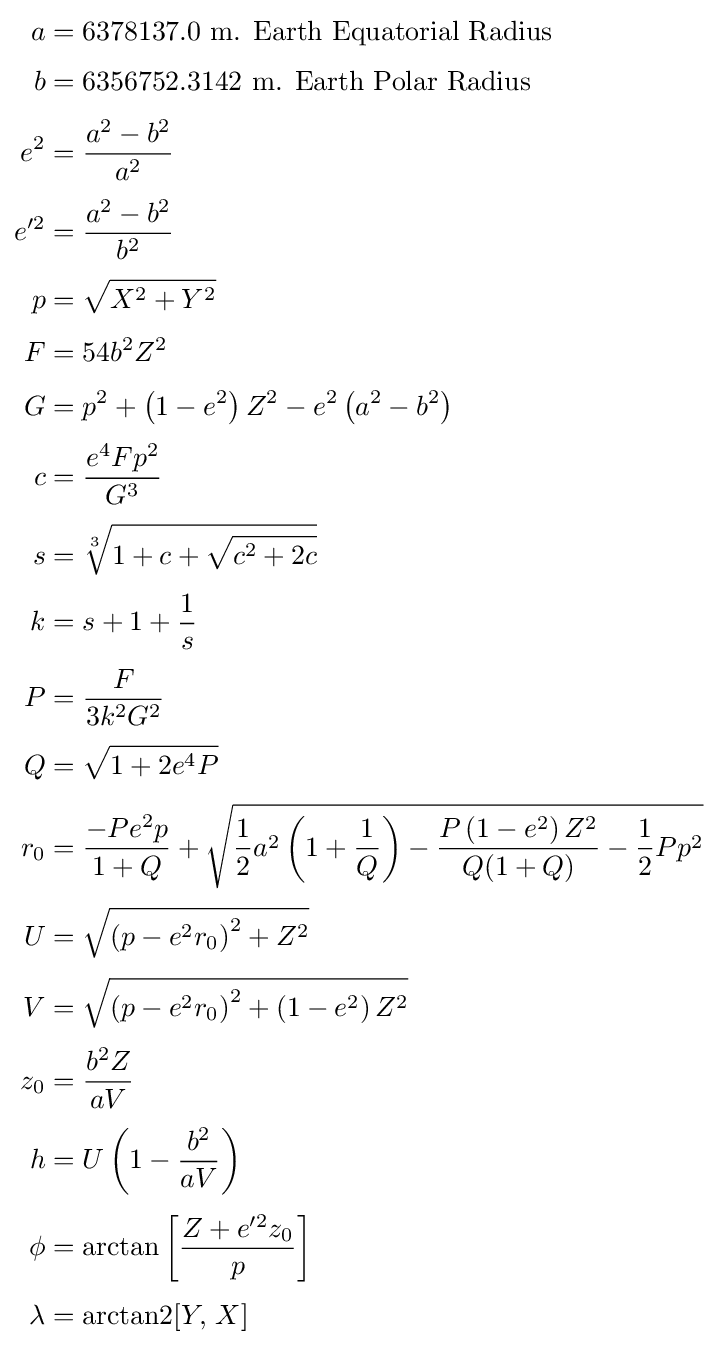
{\begin{aligned}a&=6378137.0{\text{     m. Earth Equatorial Radius}}\\[3pt]b&=6356752.3142{\text{      m. Earth Polar Radius}}\\[3pt]e^{2}&={\frac {a^{2}-b^{2}}{a^{2}}}\\[3pt]e'^{2}&={\frac {a^{2}-b^{2}}{b^{2}}}\\[3pt]p&={\sqrt {X^{2}+Y^{2}}}\\[3pt]F&=54b^{2}Z^{2}\\[3pt]G&=p^{2}+\left(1-e^{2}\right)Z^{2}-e^{2}\left(a^{2}-b^{2}\right)\\[3pt]c&={\frac {e^{4}Fp^{2}}{G^{3}}}\\[3pt]s&={\sqrt[{3}]{1+c+{\sqrt {c^{2}+2c}}}}\\[3pt]k&=s+1+{\frac {1}{s}}\\[3pt]P&={\frac {F}{3k^{2}G^{2}}}\\[3pt]Q&={\sqrt {1+2e^{4}P}}\\[3pt]r_{0}&={\frac {-Pe^{2}p}{1+Q}}+{\sqrt {{\frac {1}{2}}a^{2}\left(1+{\frac {1}{Q}}\right)-{\frac {P\left(1-e^{2}\right)Z^{2}}{Q(1+Q)}}-{\frac {1}{2}}Pp^{2}}}\\[3pt]U&={\sqrt {\left(p-e^{2}r_{0}\right)^{2}+Z^{2}}}\\[3pt]V&={\sqrt {\left(p-e^{2}r_{0}\right)^{2}+\left(1-e^{2}\right)Z^{2}}}\\[3pt]z_{0}&={\frac {b^{2}Z}{aV}}\\[3pt]h&=U\left(1-{\frac {b^{2}}{aV}}\right)\\[3pt]\phi &=\arctan \left[{\frac {Z+e'^{2}z_{0}}{p}}\right]\\[3pt]\lambda &=\operatorname {arctan2} [Y,\,X]\end{aligned}}